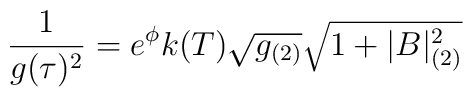
{1\over g(\tau)^2}=e^{\phi}k(T)\sqrt{g_{(2)}}\sqrt{1+|B|^2_{(2)}}